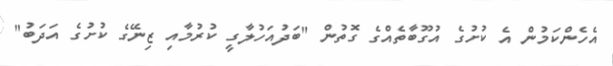
އެހެންކަމުން އެ ކުށުގެ އުގޫބާތެއްގެ ގޮތުން "ބަދުއަހުލާގީ ކުރުމާއި ޒިނޭގެ ކުށުގެ އަދަބު"